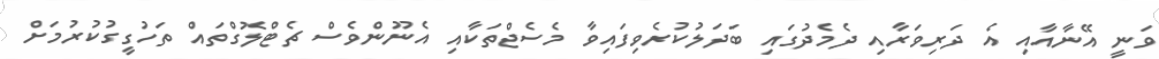
ވަނީ އޭނާއާއި އެ ދަރިވަރާއި ދެމެދުގައި ބަދަލުކުރެވިފައިވާ މެސެޖްތަކާއި އެނޫންވެސް ޗެޓްލޮގްތައް ތަހުގީގުކުރުމަށް